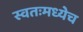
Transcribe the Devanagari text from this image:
स्वतःमध्येच